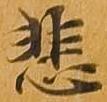
悲